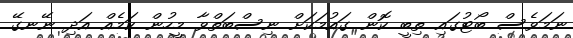
ނަމަވެސް ބޯޓުގައި ތިބީ ކޮން ގައުމަކަށް ނިސްބަތްވާ މީހުން ކަމެއް އަދި ނޭނގޭ